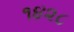
૧૪૨૮